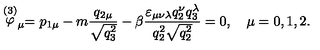
\stackrel { ( 3 ) } { \varphi } _ { \mu } = p _ { 1 \mu } - m \frac { q _ { 2 \mu } } { \sqrt { q _ { 3 } ^ { 2 } } } - \beta \frac { \varepsilon _ { \mu \nu \lambda } q _ { 2 } ^ { \nu } q _ { 3 } ^ { \lambda } } { q _ { 2 } ^ { 2 } \sqrt { q _ { 2 } ^ { 2 } } } = 0 , \quad \mu = 0 , 1 , 2 { . }